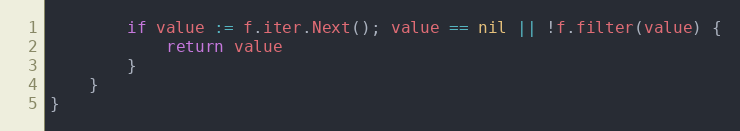
Language: Go
		if value := f.iter.Next(); value == nil || !f.filter(value) {
			return value
		}
	}
}